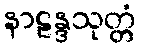
နာဠန္ဒသုတ္တံ